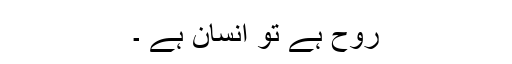
روح ہے تو انسان ہے ۔